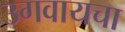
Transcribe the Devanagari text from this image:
उगवायचा